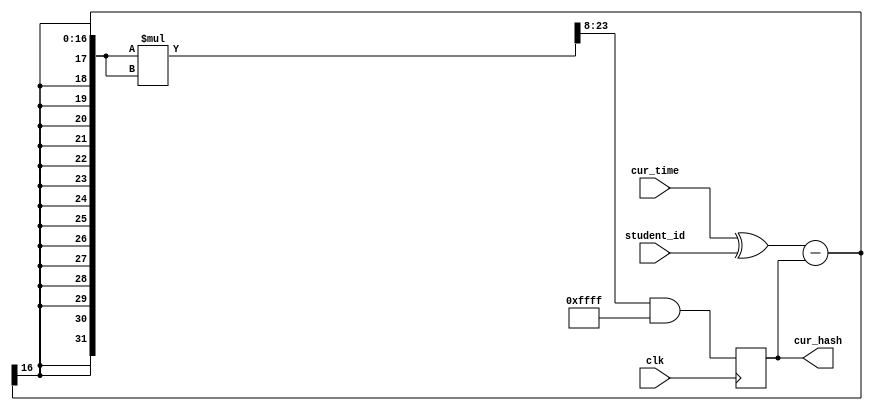
module hasher (
	input clk,    // Clock
	input [15:0] cur_time,
	input [15:0] student_id,
	output [15:0] cur_hash	
);
reg [31:0] prev_hash;
reg [15:0] curhash;
initial begin
	prev_hash=0;
	curhash=0;
end
always @(posedge clk) begin
	prev_hash=cur_hash;
	prev_hash=(cur_time^student_id)-prev_hash;
	prev_hash=prev_hash*prev_hash;
	prev_hash=prev_hash>>8;
	prev_hash=prev_hash & 16'b1111111111111111;
	curhash=prev_hash;
	
end
assign cur_hash = curhash ;

endmodule